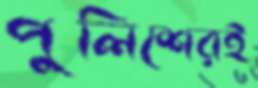
পুলিশেরই